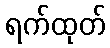
ရက်ထုတ်